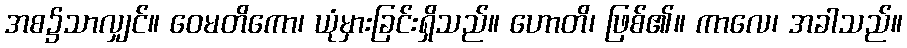
အစ၌သာလျှင်။ ဝေမတိကော၊ ယုံမှားခြင်းရှိသည်။ ဟောတိ၊ ဖြစ်၏။ ကာလေ၊ အခါသည်။